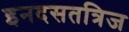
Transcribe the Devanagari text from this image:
इनदसतत्रिज